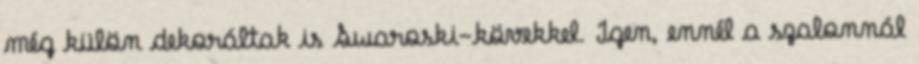
még külön dekoráltak is Swaroski-kövekkel. Igen, ennél a szalonnál